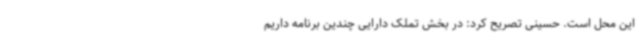
این محل است. حسینی تصریح کرد: در بخش تملک دارایی چندین برنامه داریم